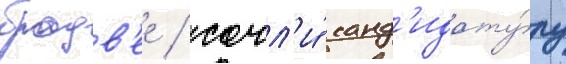
бродв'ее / сочл'и́ канд'идату́ру